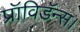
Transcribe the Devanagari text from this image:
प्रॉविडॅन्स।